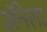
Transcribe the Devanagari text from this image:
अॅनेला